Indian journal of veterinary science and animal husbandry - Volume 10,
Year: 1940
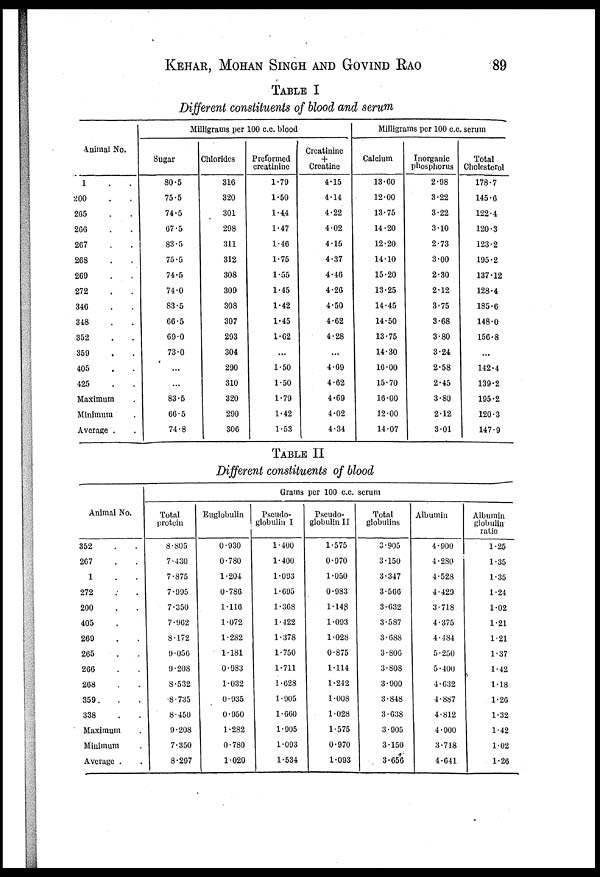
KEHAR, MOHAN SINGH AND GOVIND RAO 89
TABLE I
Different constituents of blood and serum
Animal No.
1 . .
200 . .
265 . .
266 . .
267 . .
268 . .
269 . .
272 . .
346 . .
348 . .
352 . .
359 . .
405 . .
425 . .
Maximun . .
Minimum . .
Average . .
Milligrams per 100 c.c. blood
Sugar
80.5
75.5
74.5
67.5
83.5
75.5
74.5
74.0
83.5
66.5
69.0
73.0
...
...
83.5
66.5
74.8
Chlorides
316
320
301
298
311
312
308
309
308
307
293
304
290
310
320
290
306
Preformed
creatinine
1.79
1.50
1.44
1.47
1.46
1.75
1.55
1.45
1.42
1.45
1.62
...
1.50
1.50
1.79
1.42
1.53
Creatinine
+
Creatine
4.15
4.14
4.22
4.02
4.15
4.37
4.46
4.26
4.50
4.62
4.28
...
4.69
4.62
4.69
4.02
4.34
Milligrams per 100 c.c. serum
Calcium
13.60
12.00
13.75
14.20
12.20
14.10
15.20
13.25
14.45
14.50
13.75
14.30
16.00
15.70
16.00
12.00
14.07
Inorganic
phosphorus
2.98
3.22
3.22
3.10
2.73
3.00
2.30
2.12
3.75
3.68
3.80
3.24
2.58
2.45
3.80
2.12
3.01
Total
Cholesterol
178.7
145.6
122.4
120.3
123.2
195.2
137.12
128.4
185.6
148.0
156.8
...
142.4
139.2
195.2
120.3
147.9
TABLE II
Different constituents of blood
Animal No.
352 . .
267 . .
1 . .
272 . .
200 . .
405 . .
269 . .
265 . .
266 . .
268 . .
359 . .
338 . .
Maximum .
Minimum .
Average . .
Grams per 100 c.c. serum
Total
protein
8.805
7.430
7.875
7.995
7.350
7.962
8.172
9.056
9.208
8.532
8.735
8.450
9.208
7.350
8.297
Euglobulin
0.930
0.780
1.204
0.786
1.116
1.072
1.282
1.181
0.983
1.032
0.935
0.950
1.282
0.780
1.020
Pseudo-
globulin I
1.400
1.400
1.093
1.695
1.368
1.422
1.378
1.750
1.711
1.628
1.905
1.660
1.905
1.093
1.534
Pseudo-
globulin II
1.575
0.970
1.050
0.983
1.148
1.093
1.028
0.875
1.114
1.242
1.008
1.028
1.575
0.970
1.093
Total
globulins
3.905
3.150
3.347
3.566
3.632
3.587
3.688
3.806
3.808
3.900
3.848
3.638
3.905
3.150
3.656
Albumin
4.900
4.280
4.528
4.429
3.718
4.375
4.484
5.250
5.400
4.632
4.887
4.812
4.900
3.718
4.641
Albumin
globulin
ratio
1.25
1.35
1.35
1.24
1.02
1.21
1.21
1.37
1.42
1.18
1.26
1.32
1.42
1.02
1.26